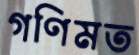
গণিমত